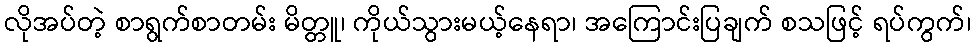
လိုအပ်တဲ့ စာရွက်စာတမ်း မိတ္တူ၊ ကိုယ်သွားမယ့်နေရာ၊ အကြောင်းပြချက် စသဖြင့် ရပ်ကွက်၊